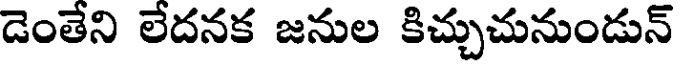
డెంతేని లేదనక జనుల కిచ్చుచునుండున్